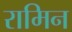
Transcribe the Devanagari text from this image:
रामिन